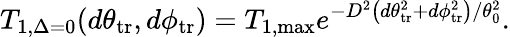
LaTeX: T_{1,\Delta=0}(d\theta_{\mathrm{tr}},d\phi_{\mathrm{tr}})=T_{1,\mathrm{max}}e^{-D^{2}\left(d\theta_{\mathrm{tr}}^{2}+d\phi_{\mathrm{tr}}^{2}\right)/\theta_{0}^{2}}.